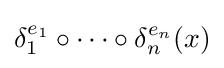
\delta _{1}^{e_{1}}\circ \cdots \circ \delta _{n}^{e_{n}}(x)